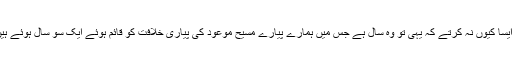
ہم ایسا کیوں نہ کرتے کہ یہی تو وہ سال ہے جس میں ہمارے پیارے مسیح موعودؑ کی پیاری خلافت کو قائم ہوئے ایک سَو سال ہوئے ہیں ۔